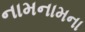
નામનામના